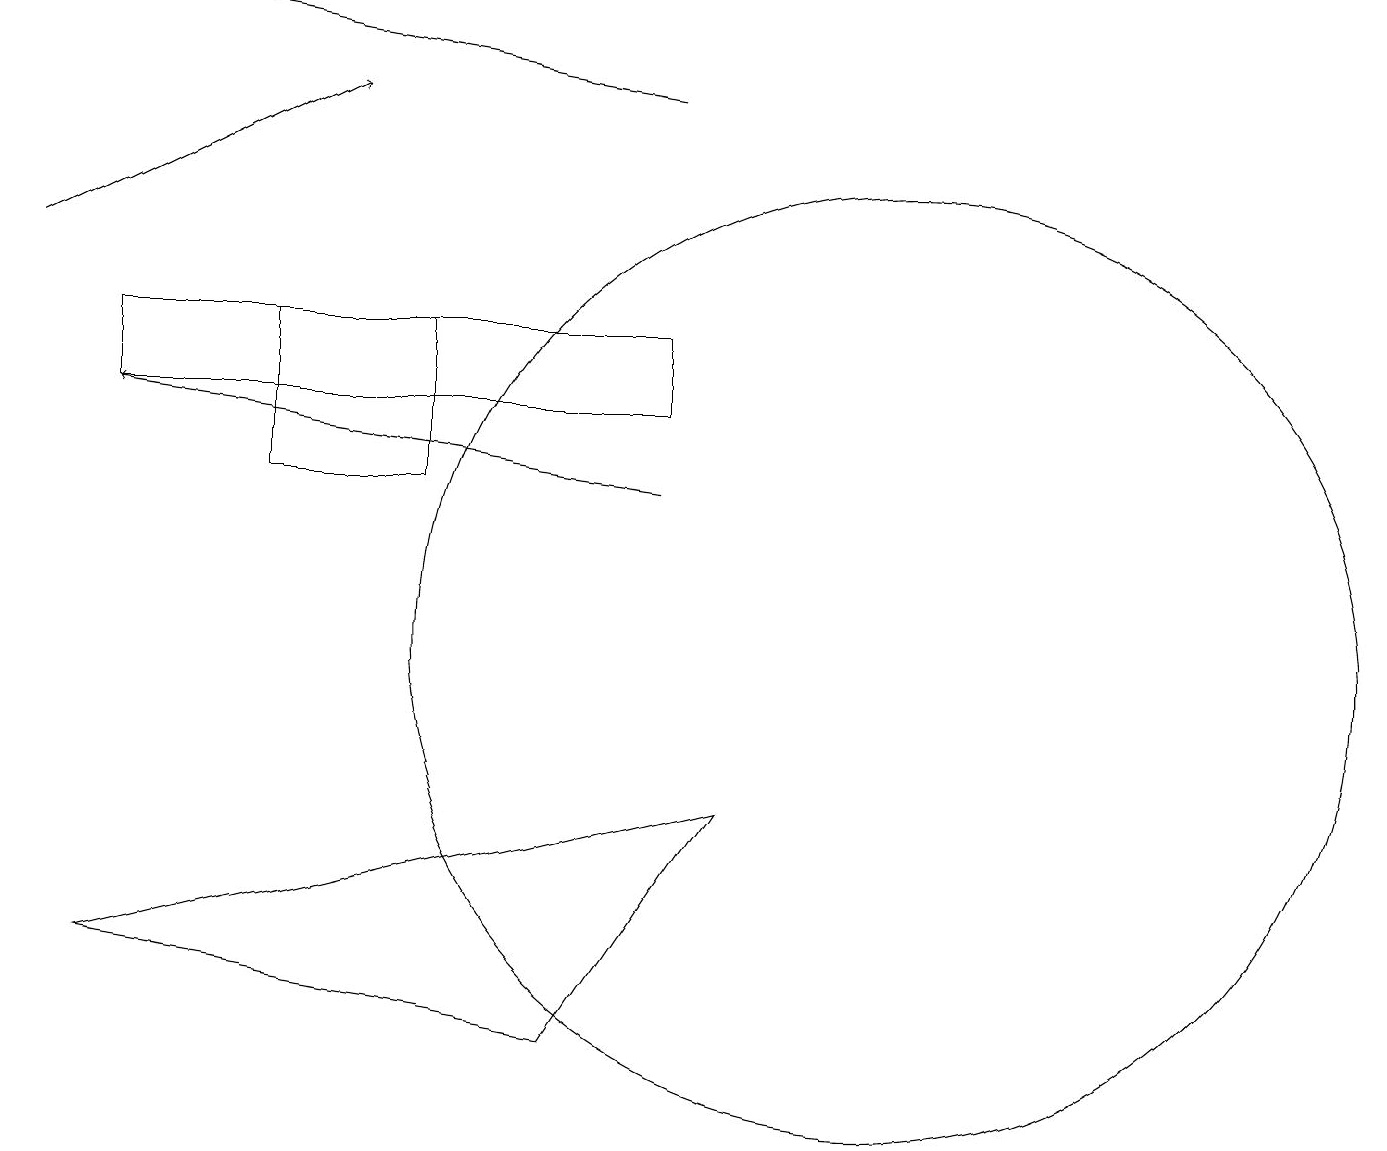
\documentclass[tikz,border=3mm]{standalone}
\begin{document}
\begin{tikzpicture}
\draw[->] (0,16) -- (4,18);
\draw[->] (8,13) -- (1,14);
\draw (8,15) rectangle (1,14);
\draw (9,9) -- (1,7) -- (7,6) -- cycle;
\draw[->] (8,18) -- (2,19);
\draw (3,15) rectangle (5,13);
\draw (11,11) circle (6);
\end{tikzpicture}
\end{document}